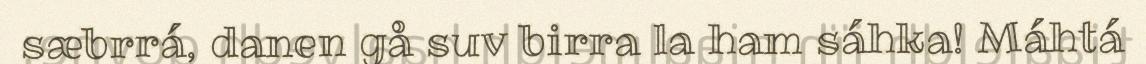
sæbrrá, danen gå suv birra la ham sáhka! Máhtá